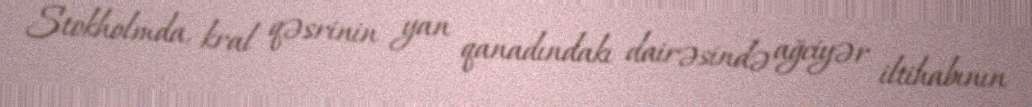
Stokholmda, kral qəsrinin yan qanadındakı dairəsində ağciyər iltihabının